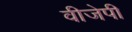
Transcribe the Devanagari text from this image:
वीजेपी